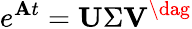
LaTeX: e^{\mathbf{A}t}=\mathbf{U}\Sigma\mathbf{V}^{\dag}